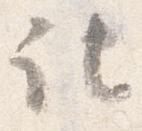
記